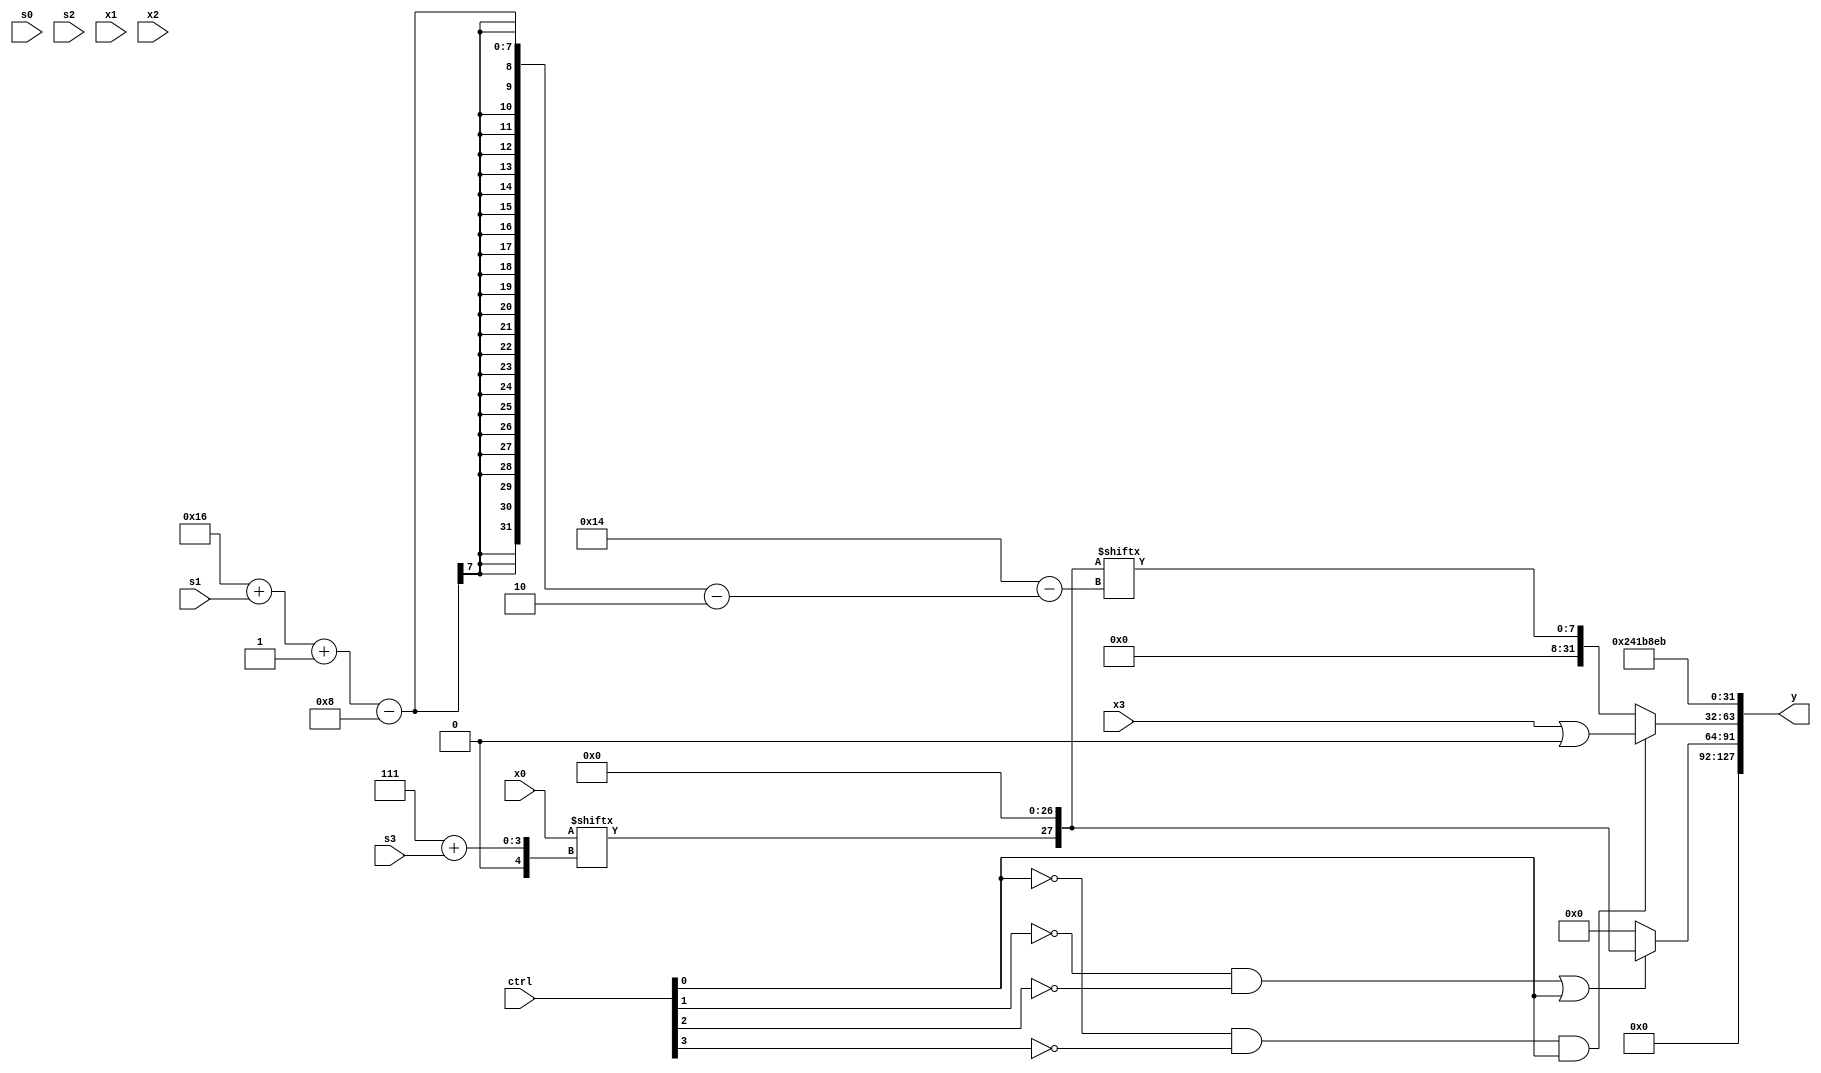
module partsel_00747(ctrl, s0, s1, s2, s3, x0, x1, x2, x3, y);
  input [3:0] ctrl;
  input [2:0] s0;
  input [2:0] s1;
  input [2:0] s2;
  input [2:0] s3;
  input signed [31:0] x0;
  input [31:0] x1;
  input [31:0] x2;
  input signed [31:0] x3;
  wire signed [6:28] x4;
  wire [30:5] x5;
  wire signed [31:7] x6;
  wire [2:29] x7;
  wire signed [29:2] x8;
  wire signed [2:29] x9;
  wire signed [27:3] x10;
  wire signed [5:26] x11;
  wire [27:2] x12;
  wire signed [29:1] x13;
  wire signed [2:27] x14;
  wire [27:3] x15;
  output [127:0] y;
  wire [31:0] y0;
  wire signed [31:0] y1;
  wire signed [31:0] y2;
  wire signed [31:0] y3;
  assign y = {y0,y1,y2,y3};
  localparam [29:4] p0 = 104970475;
  localparam signed [26:0] p1 = 865722472;
  localparam [26:4] p2 = 324036093;
  localparam signed [31:4] p3 = 44347988;
  assign x4 = p0[14 +: 1];
  assign x5 = p3;
  assign x6 = (ctrl[1] || !ctrl[3] || ctrl[0] ? ({2{x2[9 + s1]}} + p3[0 + s2 +: 7]) : {({{2{x2}}, (p2 | (((p0[1 + s3 +: 4] + p3) | p1[9 +: 3]) + ((x0[10] - p2[9 + s0 +: 3]) - (x5 & x3[29 + s0 +: 4]))))} + x2[17]), (!ctrl[1] || ctrl[1] && ctrl[3] ? (((p0[21 + s3 -: 7] & x5[8]) ^ x3) | {x1[9], x5[18 -: 2]}) : (((x5 ^ (x4 ^ x2[22])) - p3[17 -: 2]) & {2{(x2[10] + x1[22 -: 4])}}))});
  assign x7 = {(x0[7 + s3] | p3[15 -: 1]), ((p1[15] + p2[11 +: 2]) & p1)};
  assign x8 = x2[18 +: 1];
  assign x9 = x7;
  assign x10 = ((ctrl[2] && !ctrl[1] || !ctrl[1] ? {2{x4[21 + s3 -: 3]}} : p0[21 -: 2]) - p0[16 -: 4]);
  assign x11 = x1[21];
  assign x12 = x8[12 + s3];
  assign x13 = ((ctrl[1] && ctrl[3] && !ctrl[2] ? {x6, p2[14 + s1 -: 8]} : (ctrl[0] && ctrl[1] || ctrl[3] ? x10[19 +: 1] : ({2{p2[9 + s2]}} & (p3[18 +: 3] | p1[16 + s3 +: 1])))) - x7[16 -: 1]);
  assign x14 = p0;
  assign x15 = x8[15 +: 2];
  assign y0 = x9[12 +: 3];
  assign y1 = (!ctrl[1] && !ctrl[2] || ctrl[0] ? x7 : x8[16 +: 3]);
  assign y2 = (!ctrl[0] && !ctrl[3] && ctrl[0] ? (x3 | x7[9]) : x7[22 + s1 -: 8]);
  assign y3 = p0;
endmodule